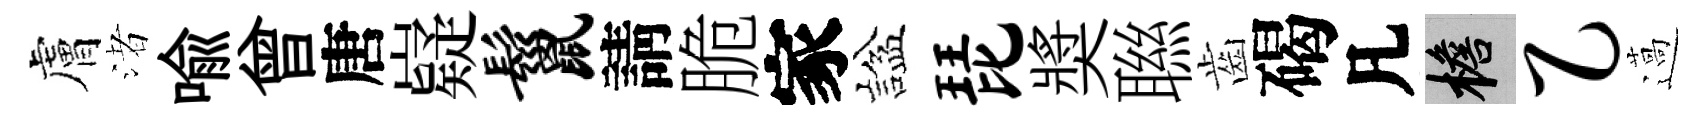
膚渚喩曾唐嶷鬣請脆家諡琵奬聮齒碣凡檐乙薖